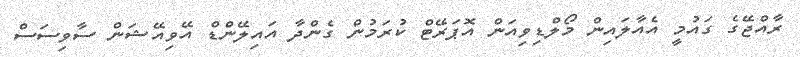
ރާއްޖޭގެ ގައުމީ އެއާލައިން މޯލްޑިވިއަން އޮޕަރޭޓް ކުރަމުން ގެންދާ އައިލޭންޑް އޭވިއޭޝަން ސާވިސަސް